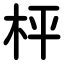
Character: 枰